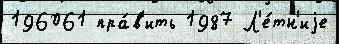
196061 пра́в'ить 1987 Л'е́тн'иjе